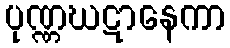
ပုဏ္ဏဃဋာနေကာ